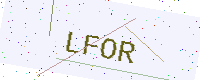
Text: LFOR